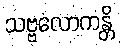
သဗ္ဗလောကန္တိ